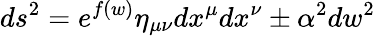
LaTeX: ds^{2}=e^{f(w)}\eta_{\mu\nu}dx^{\mu}dx^{\nu}\pm\alpha^{2}dw^{2}